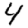
Digit: 4